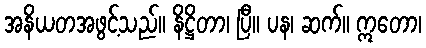
အနိယတအဖွင့်သည်။ နိဋ္ဌိတာ၊ ပြီ။ ပန၊ ဆက်။ ဣတော၊